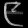
Digit: ၉